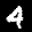
Label: 4